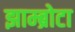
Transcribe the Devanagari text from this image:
झाम्ब्रोटा